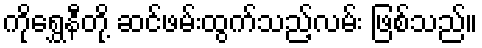
ကိုရွှေနီတို့ ဆင်ဖမ်းထွက်သည့်လမ်း ဖြစ်သည်။